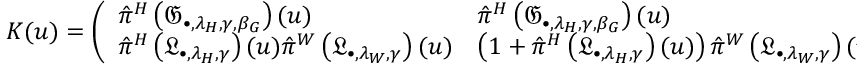
K ( u ) = \left( \begin{array} { l l } { \hat { \pi } ^ { H } \left( \mathfrak { G } _ { \bullet , \lambda _ { H } , \gamma , \beta _ { G } } \right) ( u ) } & { \hat { \pi } ^ { H } \left( \mathfrak { G } _ { \bullet , \lambda _ { H } , \gamma , \beta _ { G } } \right) ( u ) } \\ { \hat { \pi } ^ { H } \left( \mathfrak { L } _ { \bullet , \lambda _ { H } , \gamma } \right) ( u ) \hat { \pi } ^ { W } \left( \mathfrak { L } _ { \bullet , \lambda _ { W } , \gamma } \right) ( u ) } & { \left( 1 + \hat { \pi } ^ { H } \left( \mathfrak { L } _ { \bullet , \lambda _ { H } , \gamma } \right) ( u ) \right) \hat { \pi } ^ { W } \left( \mathfrak { L } _ { \bullet , \lambda _ { W } , \gamma } \right) ( u ) } \end{array} \right) .